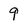
Character: 9